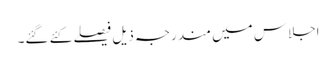
اجلاس میں مندرجہ ذیل فیصلے کئے گئے۔